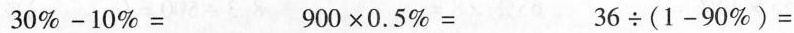
$$3 0 % - 1 0 % =$$ $$9 0 0 \times 0 . 5 % =$$ $$3 6 \div ( 1 - 9 0 % ) =$$